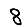
Digit: 8